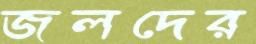
জলদের